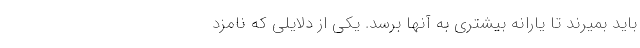
باید بمیرند تا یارانه بیشتری به آنها برسد. یکی از دلایلی که نامزد